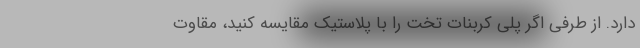
دارد. از طرفی اگر پلی کربنات تخت را با پلاستیک مقایسه کنید، مقاوت